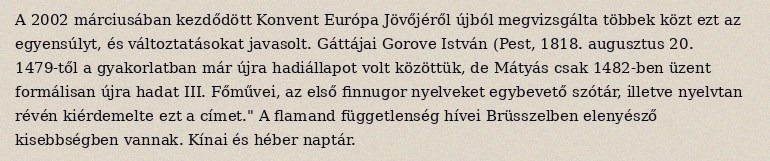
A 2002 márciusában kezdődött Konvent Európa Jövőjéről újból megvizsgálta többek közt ezt az egyensúlyt, és változtatásokat javasolt. Gáttájai Gorove István (Pest, 1818. augusztus 20. 1479-től a gyakorlatban már újra hadiállapot volt közöttük, de Mátyás csak 1482-ben üzent formálisan újra hadat III. Főművei, az első finnugor nyelveket egybevető szótár, illetve nyelvtan révén kiérdemelte ezt a címet." A flamand függetlenség hívei Brüsszelben elenyésző kisebbségben vannak. Kínai és héber naptár.